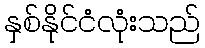
နှစ်နိုင်ငံလုံးသည်